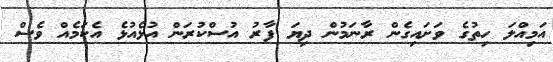
އަމިއްލަ ހިތުގެ ވަށައިގެން ރާނަމުން ދިޔަ ފާރު އުސްކުރަން އުޅެއުޅެ އެކަމެއް ވެސް